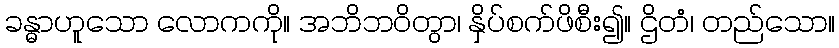
ခန္ဓာဟူသော လောကကို။ အဘိဘဝိတွာ၊ နှိပ်စက်ဖိစီး၍။ ဌိတံ၊ တည်သော။